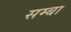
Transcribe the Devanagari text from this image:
सम्बा